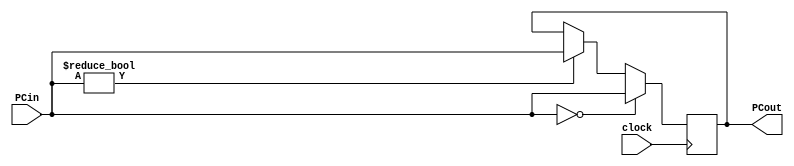
`timescale 1ns / 1ps
//////////////////////////////////////////////////////////////////////////////////
// Company: 
// Engineer: 
// 
// Design Name: 
// Module Name: program_counter
// Project Name: 
// Target Devices: 
// Tool Versions: 
// Description: 
// 
// Dependencies: 
// 
// Revision:
// Revision 0.01 - File Created
// Additional Comments:
// 
//////////////////////////////////////////////////////////////////////////////////


module program_counter(PCin, PCout, clock);
    input [7:0] PCin;
    input clock;
    output reg [7:0] PCout;
    
    initial
    begin
        PCout = 0;
    end
    
    always@ (negedge clock)
    begin
        if (PCin)
            PCout  = PCin;
        
        if (PCin == 0) //allow jumps back to 0
            PCout = PCin;
    end
endmodule